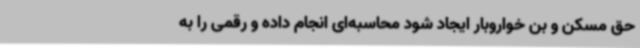
حق مسکن و بن خواروبار ایجاد شود محاسبه‌ای انجام داده و رقمی را به‌